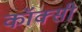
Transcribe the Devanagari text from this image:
कॉक्सी